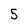
Character: 5